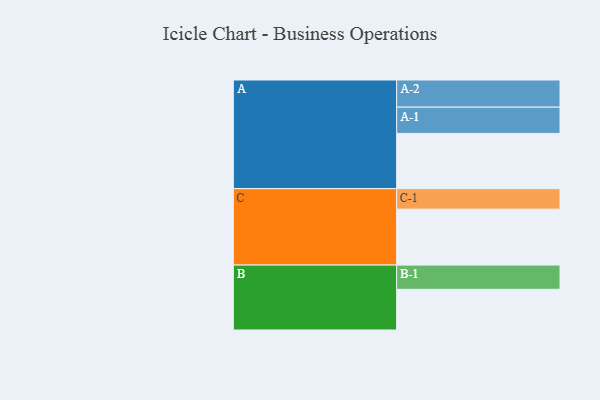
{"axis": {"x": "Segment", "y": "Value"}, "legend": ["", "A", "B", "C"], "data": [{"x": "A", "y": 566, "type": ""}, {"x": "B", "y": 417, "type": ""}, {"x": "C", "y": 573, "type": ""}, {"x": "A-1", "y": 269, "type": "A"}, {"x": "A-2", "y": 278, "type": "A"}, {"x": "B-1", "y": 248, "type": "B"}, {"x": "C-1", "y": 210, "type": "C"}]}